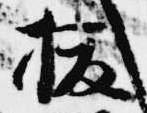
抜